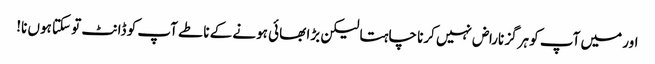
اور میں آپ کو ہرگز ناراض نہیں کرنا چاہتا لیکن بڑا بھائی ہونے کے ناطے آپ کو ڈانٹ تو سکتا ہوں نا!